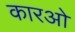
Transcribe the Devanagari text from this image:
कारओ